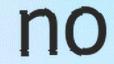
no